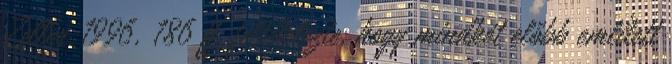
Zeller 1996, 186 ff. feltételezte, hogy mindkét előbb említett